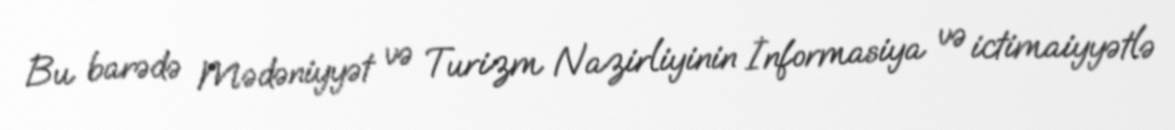
Bu barədə Mədəniyyət və Turizm Nazirliyinin İnformasiya və ictimaiyyətlə